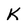
Character: K